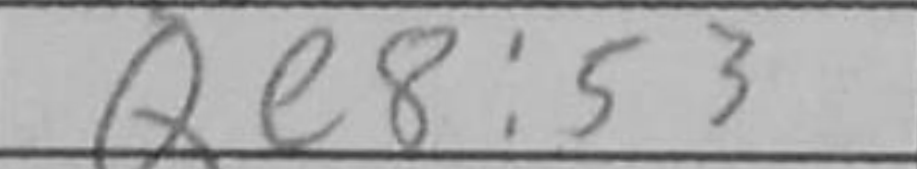
Transcription: Qe8